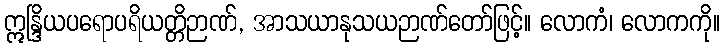
ဣန္ဒြိယပရောပရိယတ္တိဉာဏ်, အာသယာနုသယဉာဏ်တော်ဖြင့်။ လောကံ၊ လောကကို။